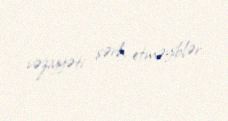
vəziyyəti şərh etməyiblər.